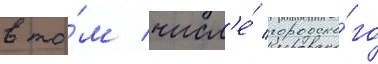
в то́м числ'е́ городско́го